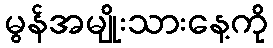
မွန်အမျိုးသားနေ့ကို